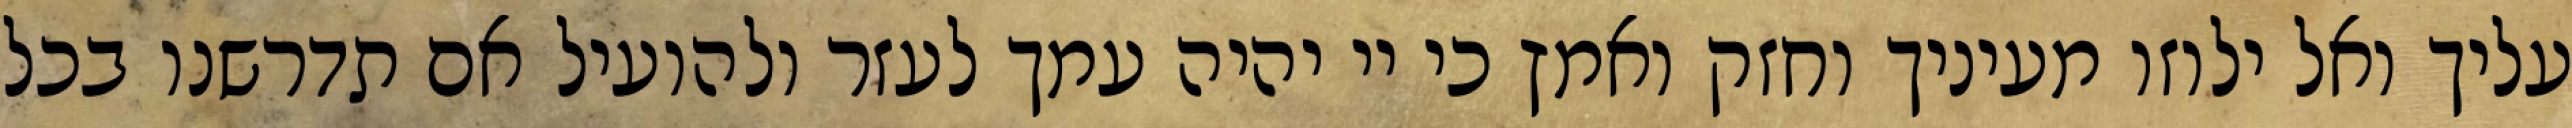
עליך ואל ילוזו מעיניך וחזק ואמץ כי יי יהיה עמך לעזר ולהועיל אם תדרשנו בכל